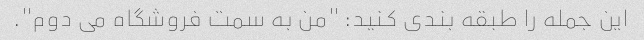
این جمله را طبقه بندی کنید: "من به سمت فروشگاه می دوم".